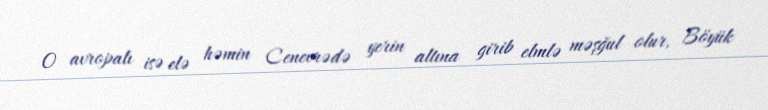
O avropalı isə elə həmin Cenevrədə yerin altına girib elmlə məşğul olur, Böyük